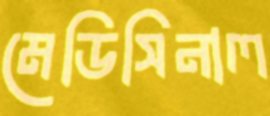
মেডিসিনাল